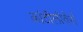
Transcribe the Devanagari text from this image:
कांटीलीवेर्स